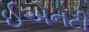
ઈએનટી